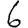
Digit: 6